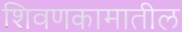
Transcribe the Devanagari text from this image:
शिवणकामातील